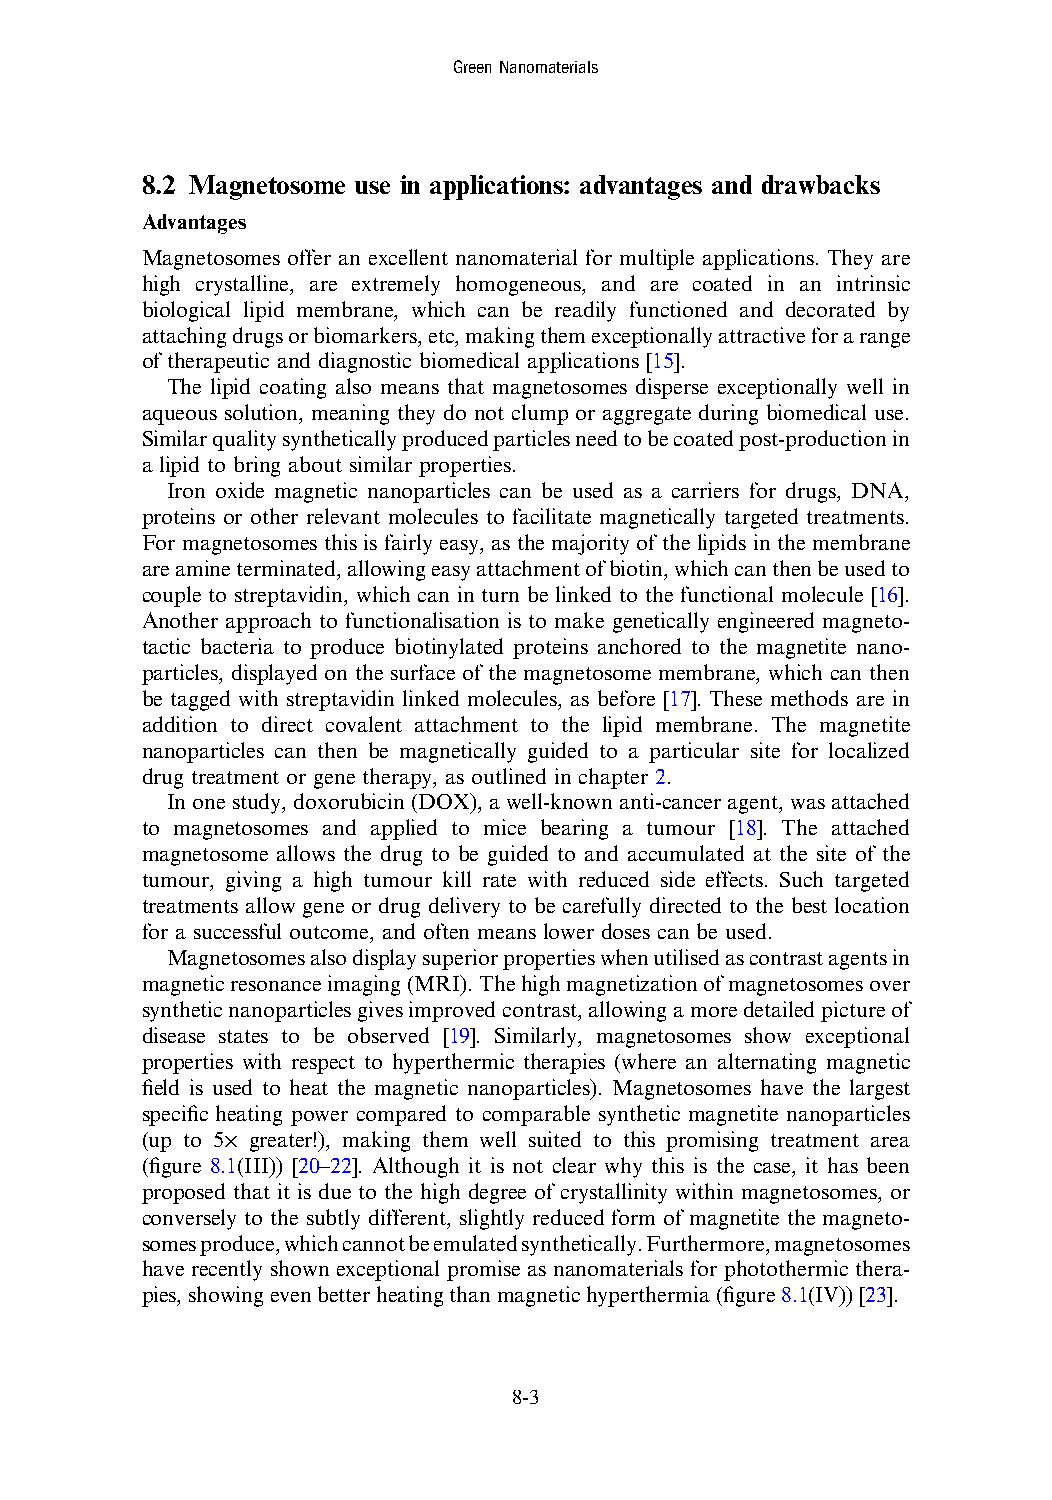
GreenNanomaterials
 8.2 Magnetosome use in applications: advantages and drawbacks
 Advantages
 Magnetosomes offer an excellent nanomaterial for multiple applications. They are
 high crystalline, are extremely homogeneous, and are coated in an intrinsic
 biological lipid membrane, which can be readily functioned and decorated by
 attachingdrugsorbiomarkers,etc,makingthemexceptionallyattractiveforarange
 of therapeutic and diagnostic biomedical applications [15].
 The lipid coating also means that magnetosomes disperse exceptionally well in
 aqueous solution, meaning they do not clump or aggregate during biomedical use.
 Similarqualitysyntheticallyproducedparticlesneedtobecoatedpost-productionin
 a lipid to bring about similar properties.
 Iron oxide magnetic nanoparticles can be used as a carriers for drugs, DNA,
 proteins or other relevant molecules to facilitate magnetically targeted treatments.
 For magnetosomes this is fairly easy, as the majority of the lipids in the membrane
 areamineterminated,allowingeasyattachmentofbiotin,whichcanthenbeusedto
 couple to streptavidin, which can in turn be linked to the functional molecule [16].
 Another approach to functionalisation is to make genetically engineered magneto-
 tactic bacteria to produce biotinylated proteins anchored to the magnetite nano-
 particles, displayed on the surface of the magnetosome membrane, which can then
 be tagged with streptavidin linked molecules, as before [17]. These methods are in
 addition to direct covalent attachment to the lipid membrane. The magnetite
 nanoparticles can then be magnetically guided to a particular site for localized
 drug treatment or gene therapy, as outlined in chapter 2.
 In onestudy, doxorubicin (DOX), awell-known anti-cancer agent,was attached
 to magnetosomes and applied to mice bearing a tumour [18]. The attached
 magnetosome allows the drug to be guided to and accumulated at the site of the
 tumour, giving a high tumour kill rate with reduced side effects. Such targeted
 treatments allow gene or drug delivery to be carefully directed to the best location
 for a successful outcome, and often means lower doses can be used.
 Magnetosomesalsodisplaysuperiorpropertieswhenutilisedascontrastagentsin
 magneticresonanceimaging(MRI).Thehighmagnetizationofmagnetosomesover
 syntheticnanoparticlesgivesimprovedcontrast,allowingamoredetailedpictureof
 disease states to be observed [19]. Similarly, magnetosomes show exceptional
 properties with respect to hyperthermic therapies (where an alternating magnetic
 field is used to heat the magnetic nanoparticles). Magnetosomes have the largest
 specific heating power compared to comparable synthetic magnetite nanoparticles
 (up to 5× greater!), making them well suited to this promising treatment area
 (figure 8.1(III)) [20–22]. Although it is not clear why this is the case, it has been
 proposed that it is due to the high degree of crystallinity within magnetosomes, or
 conversely to the subtly different, slightly reduced form of magnetite the magneto-
 somesproduce,whichcannotbeemulatedsynthetically.Furthermore,magnetosomes
 have recently shown exceptional promise as nanomaterials for photothermic thera-
 pies,showingevenbetterheatingthanmagnetichyperthermia(figure8.1(IV))[23].
 8-3